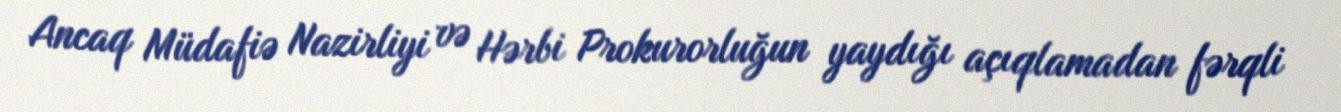
Ancaq Müdafiə Nazirliyi və Hərbi Prokurorluğun yaydığı açıqlamadan fərqli